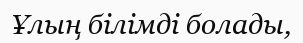
Ұлың білімді болады,